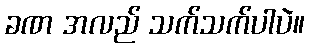
ခဏ အလည် သက်သက်ပါပဲ။